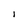
Character: I